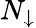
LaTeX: N_{\downarrow}